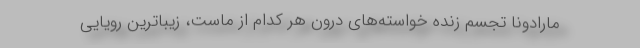
مارادونا تجسم زنده خواسته‌های درون هر کدام از ماست، زیباترین رویایی